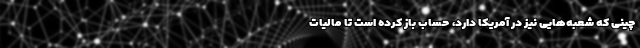
چینی که شعبه‌هایی نیز در آمریکا دارد، حساب باز كرده است تا مالیات